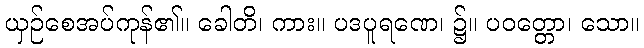
ယှဉ်စေအပ်ကုန်၏။ ခေါတိ၊ ကား။ ပဒပူရဏေ၊ ၌။ ပဝတ္တော၊ သော။